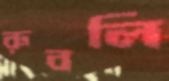
রুবলি